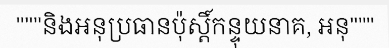
"""និងអនុប្រធានប៉ុស្តិ៍កន្ទុយនាគ, អនុ"""